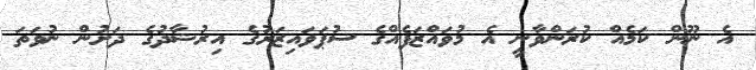
އެ ނޫން ކަމެއް ކުރަންވާނީ އެ މުވައްޒަފެއްގެ ސުޕަވައިޒަރުގެ އިރުޝާދުގެ ދަށުން ނުވަތަ